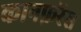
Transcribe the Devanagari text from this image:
कानफ़रेंस